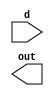
module synchronizer_2(
    input wire d,
    output wire out
);
    reg [1:0] data;
    always @(posedge clk or negedge rst_n) begin
        if (rst_n) begin
            data <= 2'b00;
        end
        else begin
            data <= {data[0], d};
        end
    end
endmodule